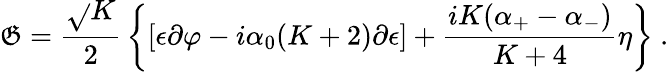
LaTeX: \mathfrak{G}={\frac{{\sqrt{}{{K}}}}{{2}}}\left\{ [\epsilon\partial\varphi-i{\alpha_{0}}(K+2)\partial{\epsilon}]+{\frac{{iK({{\alpha}_{+}}-{{\alpha}_{-}})}}{{K+4}}}\eta\right\} {}~.